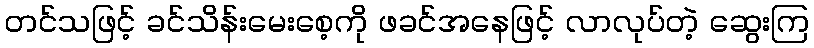
တင်သဖြင့် ခင်သိန်းမေးစေ့ကို ဖခင်အနေဖြင့် လာလုပ်တဲ့ ဆွေးကြ